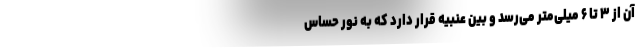
آن از ۳ تا ۶ میلی‌متر می‌رسد و بین عنبیه قرار دارد که به نور حساس